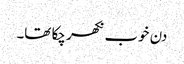
دن خوب نکھر چکا تھا۔